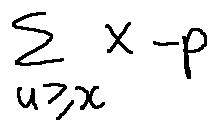
\sum \limits _ { u \geq x } X - p